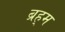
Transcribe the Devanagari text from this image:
ब्रह्‌म